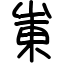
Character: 崬